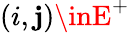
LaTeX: (i,\mathbf{j})\inE^{+}